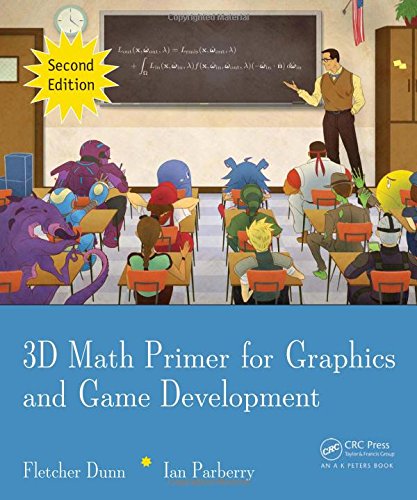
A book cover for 3D Math Primer for Graphics and Game Development, 2nd Edition; Fletcher Dunn; Humor & Entertainment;